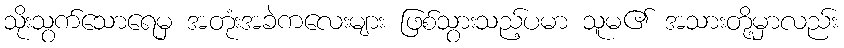
သိုးသွက်သောရေမှ အတုံးအခဲကလေးများ ဖြစ်သွားသည့်ပမာ သူမ၏ အသားတို့မှာလည်း